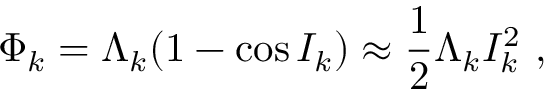
\Phi _ { k } = \Lambda _ { k } ( 1 - \cos I _ { k } ) \approx \frac { 1 } { 2 } \Lambda _ { k } I _ { k } ^ { 2 } \ ,